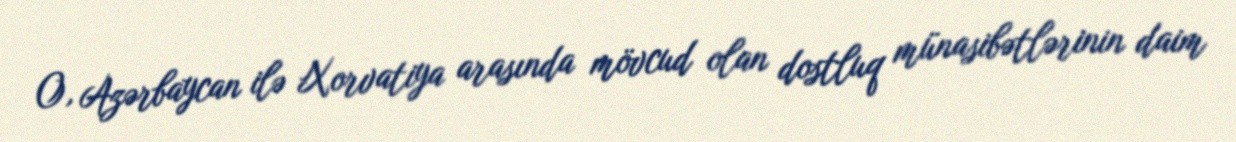
O, Azərbaycan ilə Xorvatiya arasında mövcud olan dostluq münasibətlərinin daim